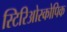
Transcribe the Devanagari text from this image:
स्टिरिओस्कोपिक